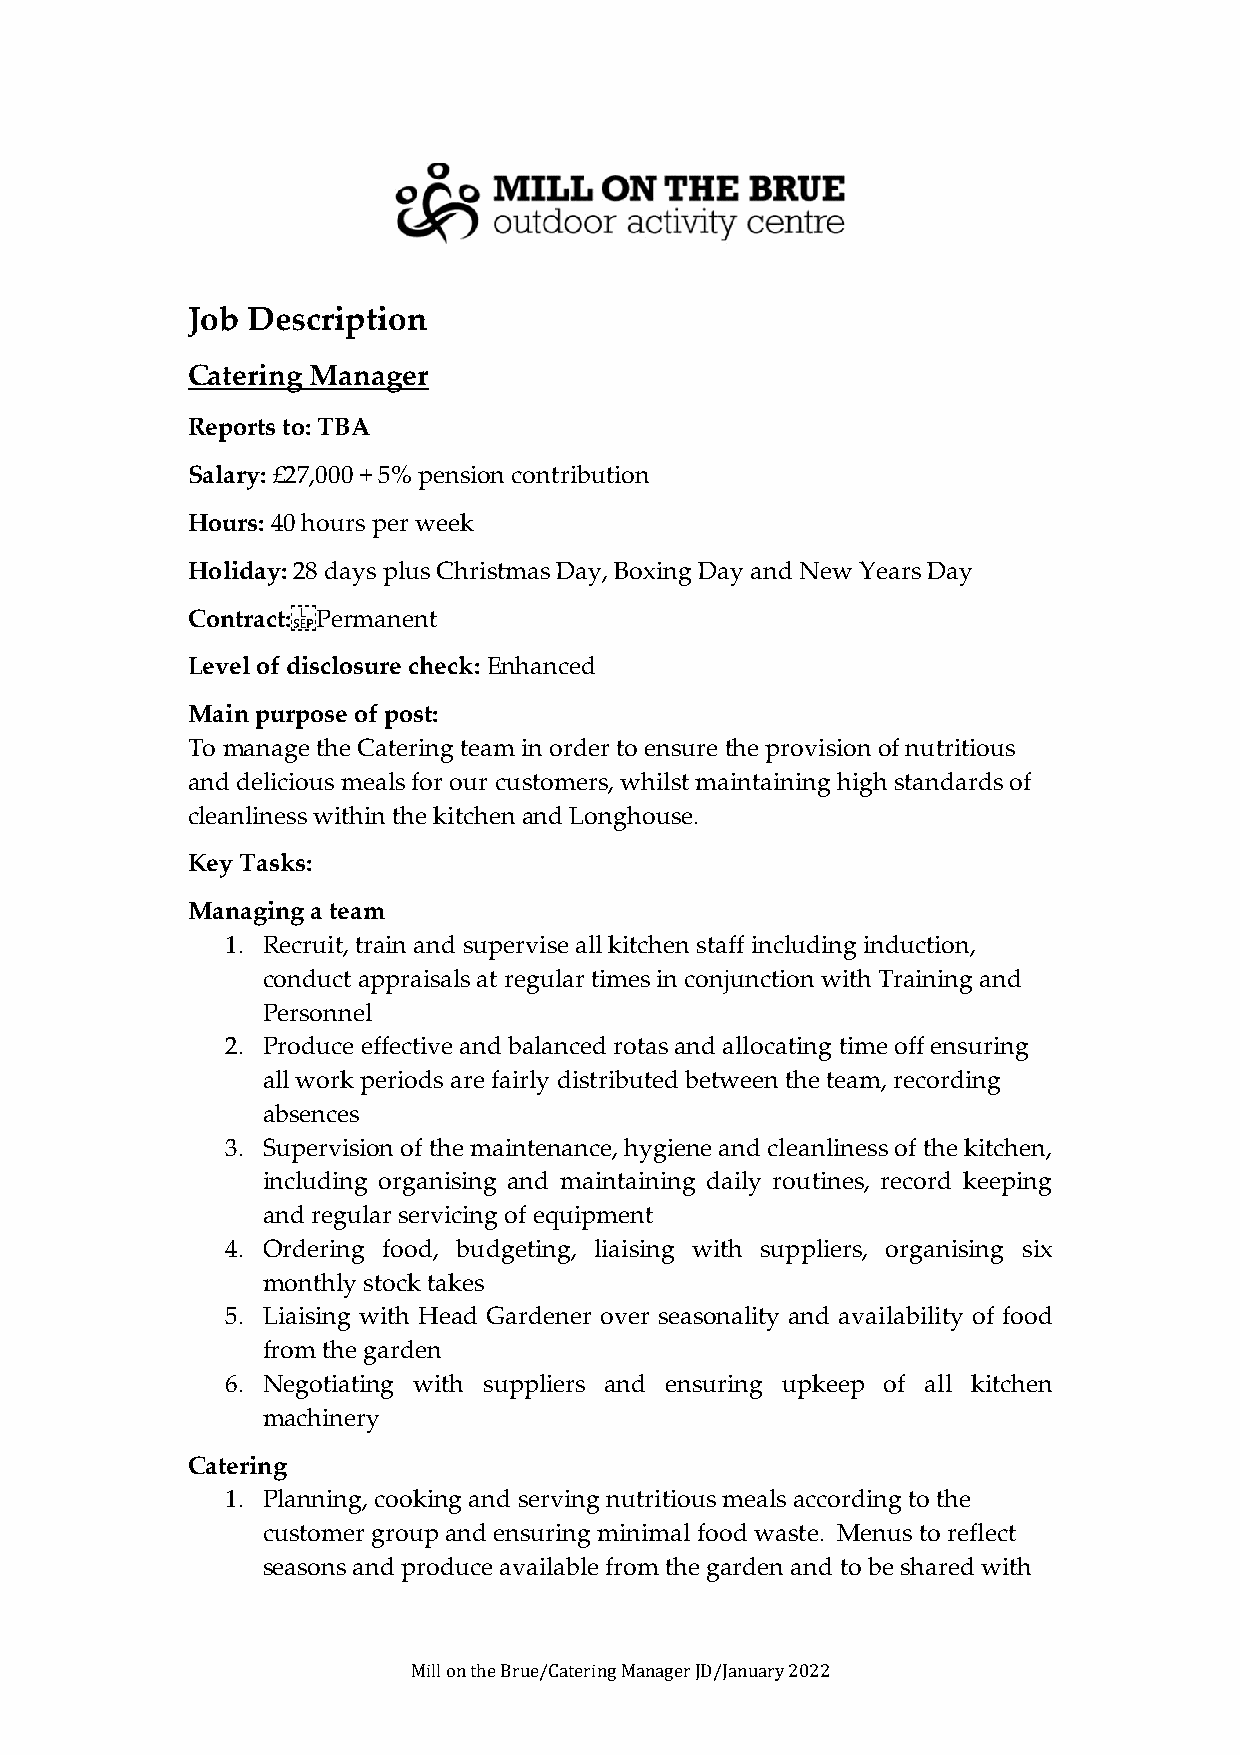
Job Description
 Catering Manager
 Reports to: TBA
 Salary: £27,000 + 5% pension contribution
 Hours: 40 hours per week
 Holiday: 28 days plus Christmas Day, Boxing Day and New Years Day
 Contract: Permanent
 Level of disclosure check: Enhanced
 Main purpose of post:
 To manage the Catering team in order to ensure the provision of nutritious
 and delicious meals for our customers, whilst maintaining high standards of
 cleanliness within the kitchen and Longhouse.
 Key Tasks:
 Managing a team
 1. Recruit, train and supervise all kitchen staff including induction,
 conduct appraisals at regular times in conjunction with Training and
 Personnel
 2. Produce effective and balanced rotas and allocating time off ensuring
 all work periods are fairly distributed between the team, recording
 absences
 3. Supervision of the maintenance, hygiene and cleanliness of the kitchen,
 including organising and maintaining daily routines, record keeping
 and regular servicing of equipment
 4. Ordering food, budgeting, liaising with suppliers, organising six
 monthly stock takes
 5. Liaising with Head Gardener over seasonality and availability of food
 from the garden
 6. Negotiating with suppliers and ensuring upkeep of all kitchen
 machinery
 Catering
 1. Planning, cooking and serving nutritious meals according to the
 customer group and ensuring minimal food waste. Menus to reflect
 seasons and produce available from the garden and to be shared with
 Mill on the Brue/Catering Manager JD/January 2022